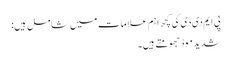
پی ایم ڈی ڈی کی کچھ اہم علامات میں شامل ہیں:
شدید موڈ جھومتے ہیں۔